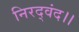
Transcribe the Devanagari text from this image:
निरद्वंद।।